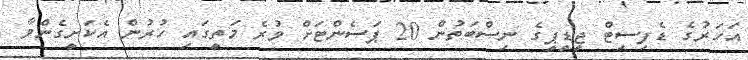
އަހަރުގެ ޑެފިސިޓް ޖީޑީޕީގެ ނިސްބަތުން 20 ޕަސެންޓަށް ވުރެ މަތީގައި ހުރުން އެކަށީގެންވާ